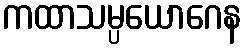
ကထာသမ္ပယောဂေန